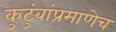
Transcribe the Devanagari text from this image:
कुटुंबांप्रमाणेच